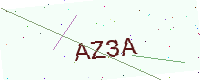
Text: AZ3A